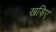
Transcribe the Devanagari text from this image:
खड़िए